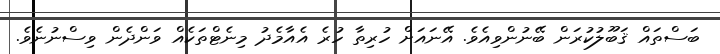
ބަސްތައް ޤަބޫލުކުރަން ބޭނުންވިއެވެ. އޭނައަށް ހުރިތާ ހުރެ އެއާމެދު މިނެޓްތަކެއް ވަންދެން ވިސްނުނެވެ.